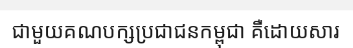
ជាមួយគណបក្សប្រជាជនកម្ពុជា គឺដោយសារ